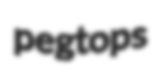
pegtops